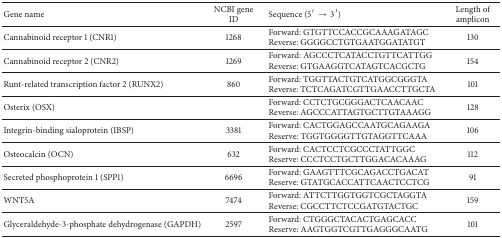
| Gene name | NCBI gene ID | Sequence (5′ → 3′) | Length of amplicon |
 | --- | --- | --- | --- |
 | Cannabinoid receptor 1 (CNR1) | 1268 | Forward: GTGTTCCACCGCAAAGATAGC Reverse: GGGGCCTGTGAATGGATATGT | 130 |
 | Cannabinoid receptor 2 (CNR2) | 1269 | Forward: AGCCCTCATACCTGTTCATTGGReverse: GTGAAGGTCATAGTCACGCTG | 154 |
 | Runt-related transcription factor 2 (RUNX2) | 860 | Forward: TGGTTACTGTCATGGCGGGTAReverse: TCTCAGATCGTTGAACCTTGCTA | 101 |
 | Osterix (OSX) |  | Forward: CCTCTGCGGGACTCAACAACReverse: AGCCCATTAGTGCTTGTAAAGG | 128 |
 | Integrin-binding sialoprotein (IBSP) | 3381 | Forward: CACTGGAGCCAATGCAGAAGAReserve: TGGTGGGGTTGTAGGTTCAAA | 106 |
 | Osteocalcin (OCN) | 632 | Forward: CACTCCTCGCCCTATTGGCReserve: CCCTCCTGCTTGGACACAAAG | 112 |
 | Secreted phosphoprotein 1 (SPP1) | 6696 | Forward: GAAGTTTCGCAGACCTGACATReserve: GTATGCACCATTCAACTCCTCG | 91 |
 | WNT5A | 7474 | Forward: ATTCTTGGTGGTCGCTAGGTAReverse: CGCCTTCTCCGATGTACTGC | 159 |
 | Glyceraldehyde-3-phosphate dehydrogenase (GAPDH) | 2597 | Forward: CTGGGCTACACTGAGCACCReserve: AAGTGGTCGTTGAGGGCAATG | 101 |